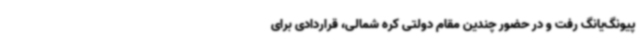
پیونگ‌یانگ رفت و در حضور چندین مقام دولتی کره شمالی، قراردادی برای